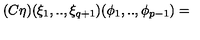
( C \eta ) ( \xi _ { 1 } , . . , \xi _ { q + 1 } ) ( \phi _ { 1 } , . . , \phi _ { p - 1 } ) =